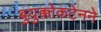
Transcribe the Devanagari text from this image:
बुयुक्कोकटेनने